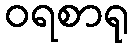
ဝရစာရု